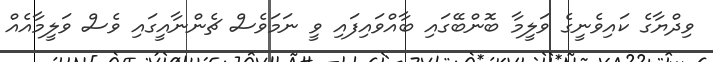
ވިދްޔާގެ ކައިވެނީގެ ވަލީމާ ބޮންބޭގައި ބާއްވައިފައި ވީ ނަމަވެސް ޗެންނާއީގައި ވެސް ވަލީމާއެއް